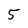
Character: 5